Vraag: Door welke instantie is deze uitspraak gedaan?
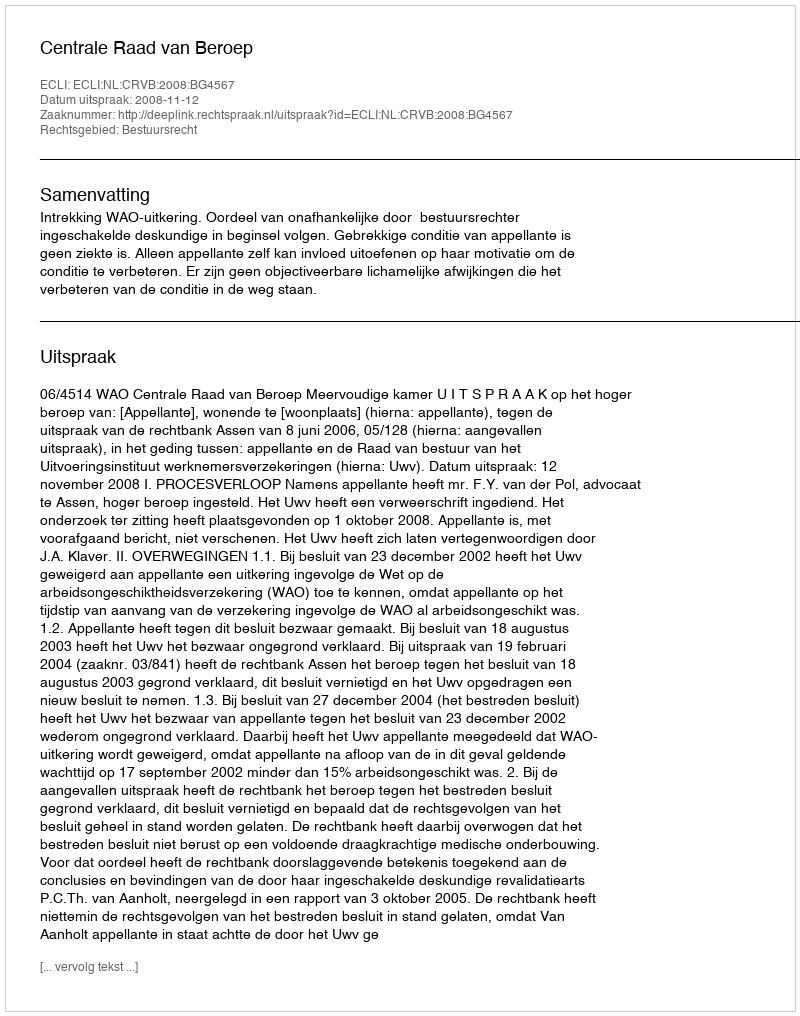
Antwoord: Centrale Raad van Beroep